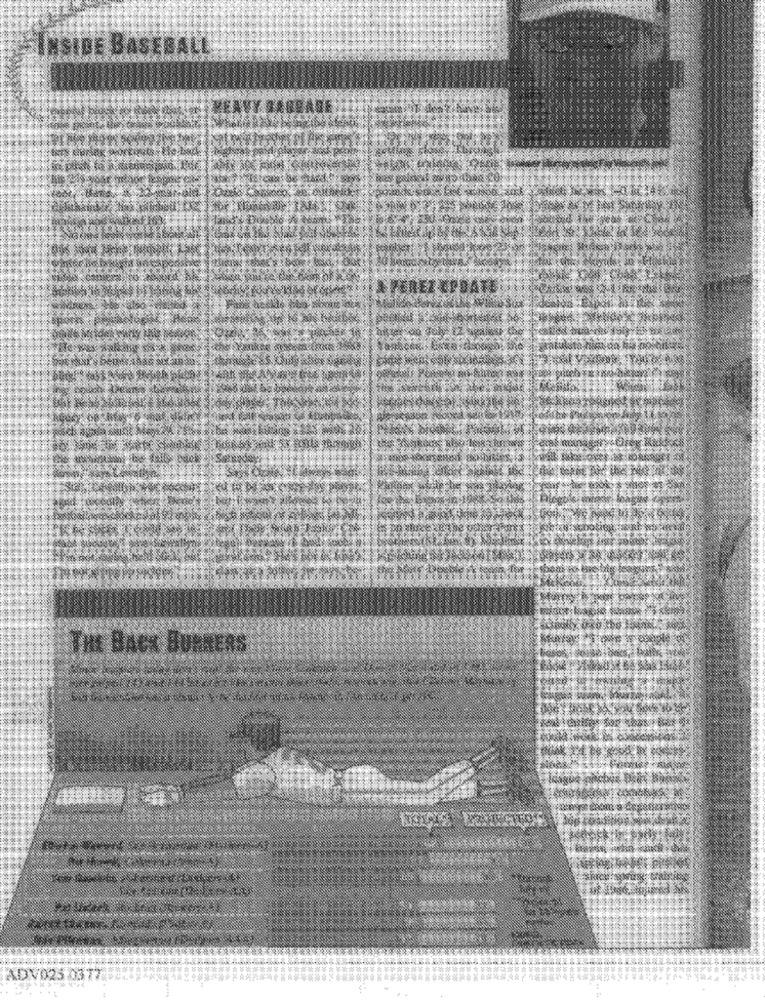
INSIDE BASEBALL
THE BAes BURNERS
ADV025 0377